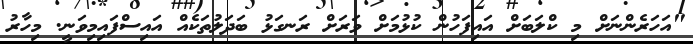
"އަހަރެންނަށް މި ކްލަބަށް އައިފަހުން ކުޅުމަށް ވަރަށް ރަނގަޅު ބަދަލުތަކެއް އައިސްފައިމިވަނީ. މިހާރު